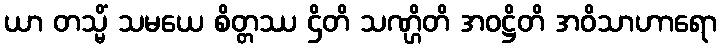
ယာ တသ္မိံ သမယေ စိတ္တဿ ဌိတိ သဏ္ဌိတိ အဝဋ္ဌိတိ အဝိသာဟာရော